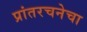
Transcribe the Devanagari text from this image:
प्रांतरचनेचा